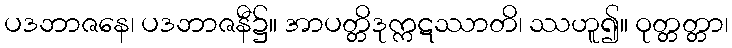
ပဒဘာဇနေ၊ ပဒဘာဇနီ၌။ အာပတ္တိဒုက္ကဋဿာတိ၊ ဿဟူ၍။ ဝုတ္တတ္တာ၊